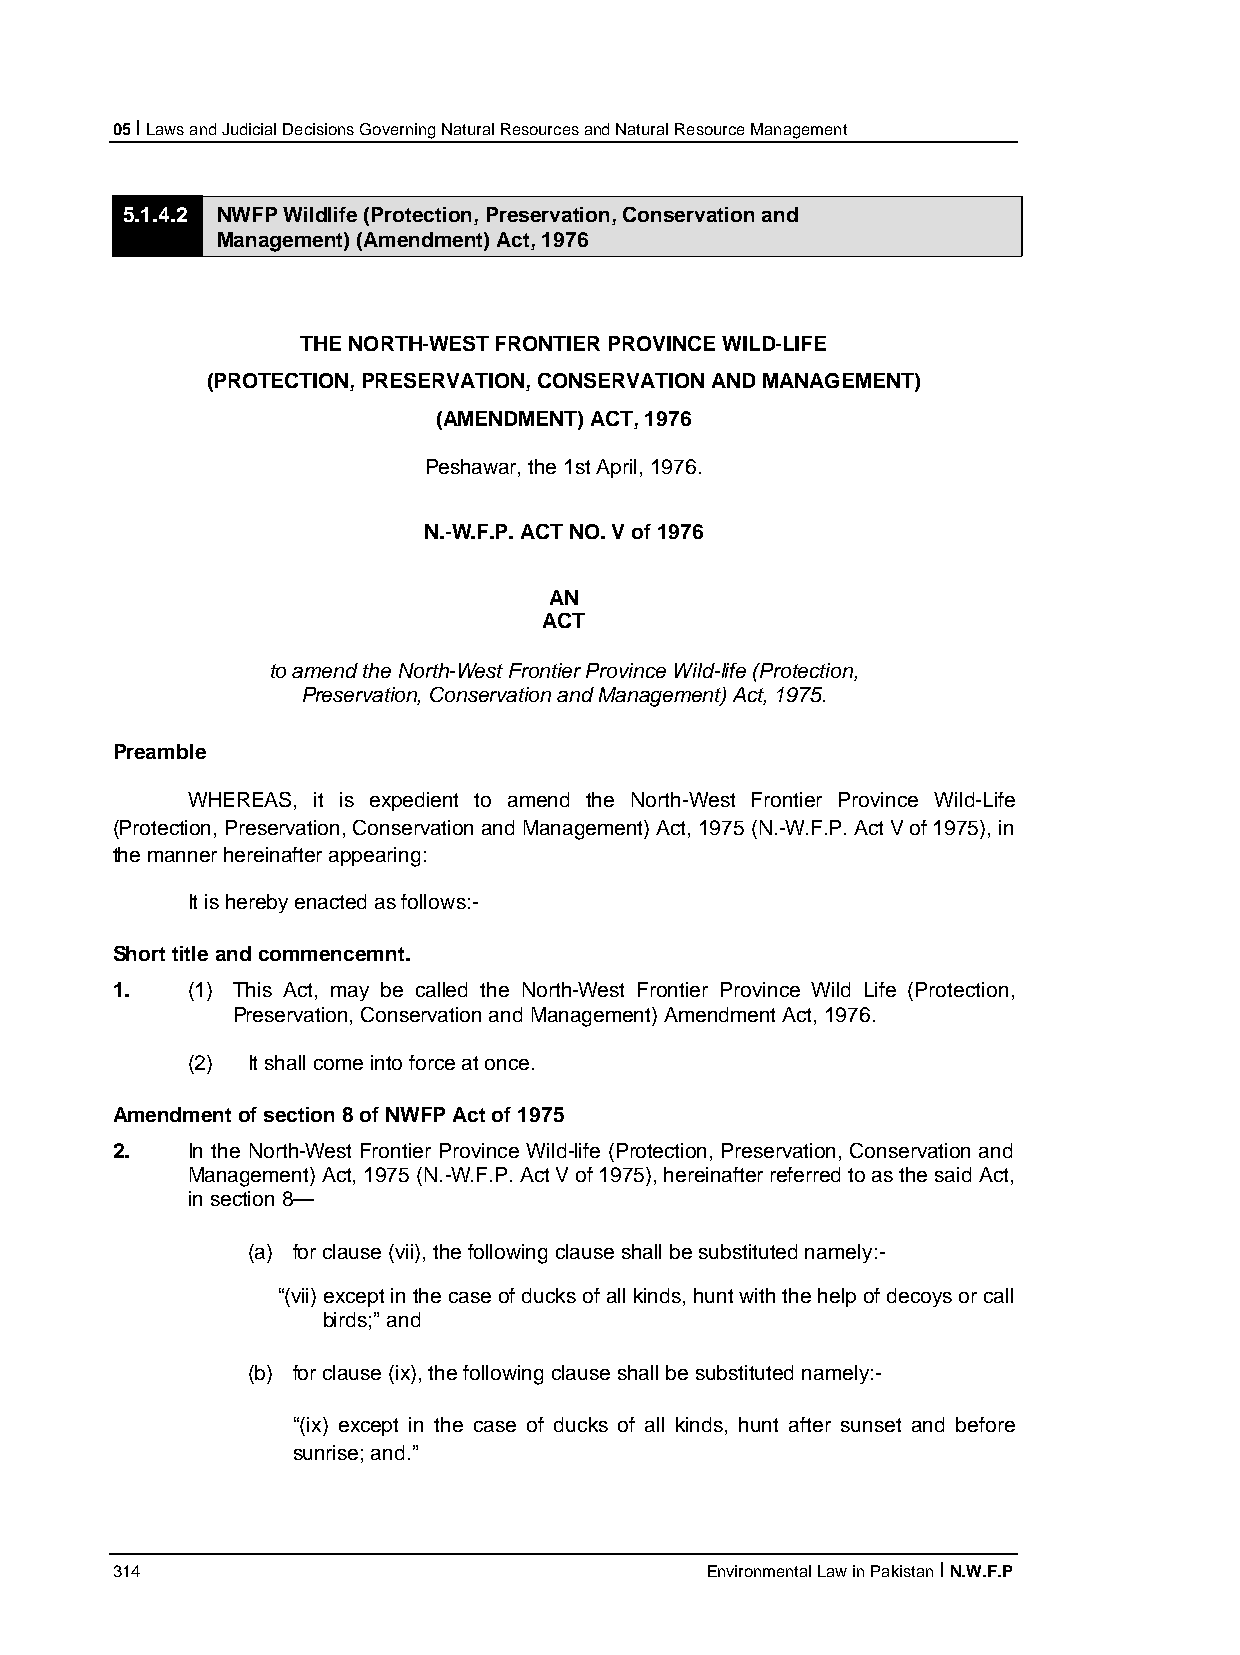
05 I Laws and Judicial Decisions Governing Natural Resources and Natural Resource Management
 5.1.4.2 NWFP Wildlife (Protection, Preservation, Conservation and
 Management) (Amendment) Act, 1976
 THE NORTH-WEST FRONTIER PROVINCE WILD-LIFE
 (PROTECTION, PRESERVATION, CONSERVATION AND MANAGEMENT)
 (AMENDMENT) ACT, 1976
 Peshawar, the 1st April, 1976.
 N.-W.F.P. ACT NO. V of 1976
 AN
 ACT
 to amend the North-West Frontier Province Wild-life (Protection,
 Preservation, Conservation and Management) Act, 1975.
 Preamble
 WHEREAS, it is expedient to amend the North-West Frontier Province Wild-Life
 (Protection, Preservation, Conservation and Management) Act, 1975 (N.-W.F.P. Act V of 1975), in
 the manner hereinafter appearing:
 It is hereby enacted as follows:-
 Short title and commencemnt.
 1.   (1) This Act, may be called the North-West Frontier Province Wild Life (Protection,
 Preservation, Conservation and Management) Amendment Act, 1976.
 (2) It shall come into force at once.
 Amendment of section 8 of NWFP Act of 1975
 2.   In the North-West Frontier Province Wild-life (Protection, Preservation, Conservation and
 Management) Act, 1975 (N.-W.F.P. Act V of 1975), hereinafter referred to as the said Act,
 in section 8—
 (a) for clause (vii), the following clause shall be substituted namely:-
 “(vii) except in the case of ducks of all kinds, hunt with the help of decoys or call
 birds;” and
 (b) for clause (ix), the following clause shall be substituted namely:-
 “(ix) except in the case of ducks of all kinds, hunt after sunset and before
 sunrise; and.”
 314                                     Environmental Law in Pakistan I N.W.F.P